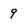
Character: 9